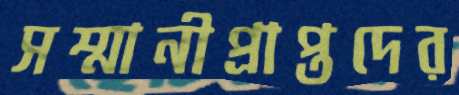
সম্মানীপ্রাপ্তদের